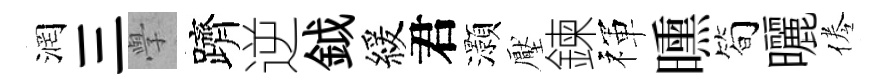
润三𭓕躋逆鉞緩君灝壓鍊禈曛筍曬倦